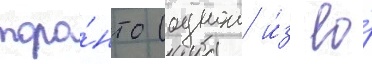
торо́нто (однои и́з ео́